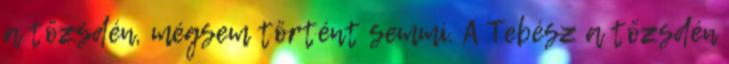
a tőzsdén, mégsem történt semmi. A Tebész a tőzsdén